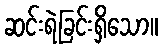
ဆင်းရဲခြင်းရှိသော။